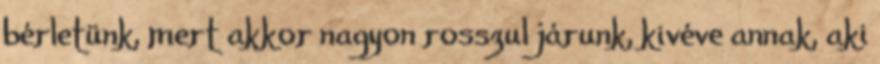
bérletünk, mert akkor nagyon rosszul járunk, kivéve annak, aki